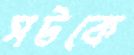
সটকে